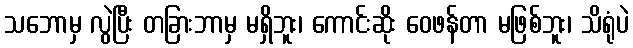
သဘောမှ လွဲပြီး တခြားဘာမှ မရှိဘူး၊ ကောင်းဆိုး ဝေဖန်တာ မဖြစ်ဘူး၊ သိရုံပဲ